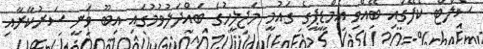
ސޯލްޓް ކެފޭގައި ބޭއްވި އެމްޑީޕީގެ ގައުމީ މަޖިލީހުގެ ބައްދަލުވުމުގައި އިބޫ ވަނީ ސަރުކާރާއި